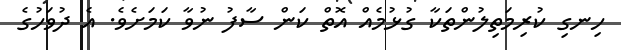
ހިނގި ކުރިމަތިލުންތަކާ ގުޅުމެއް އޮތް ކަން ސާފު ނުވާ ކަމަށެވެ. އެ ދުވަހުގެ